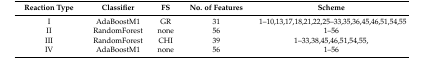
| Reaction Type | Classifier | FS | No. of Features | Scheme |
 | --- | --- | --- | --- | --- |
 | I | AdaBoostM1 | GR | 31 | 1–10,13,17,18,21,22,25–33,35,36,45,46,51,54,55 |
 | II | RandomForest | none | 56 | 1–56 |
 | III | RandomForest | CHI | 39 | 1–33,38,45,46,51,54,55, |
 | IV | AdaBoostM1 | none | 56 | 1–56 |